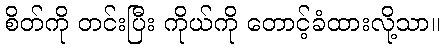
စိတ်ကို တင်းပြီး ကိုယ်ကို တောင့်ခံထားလို့သာ။